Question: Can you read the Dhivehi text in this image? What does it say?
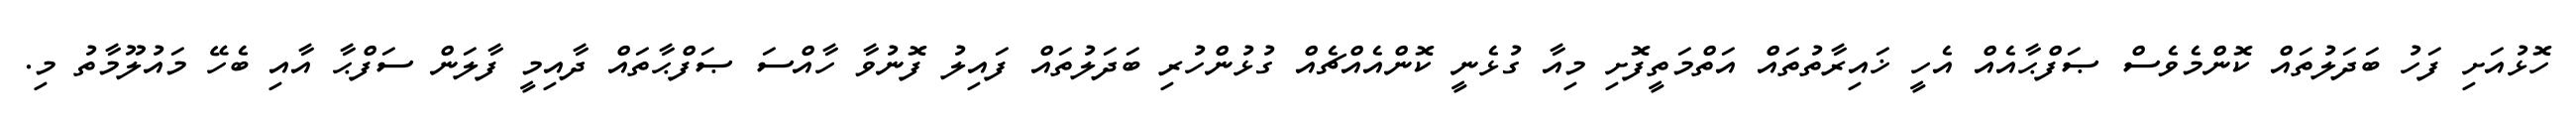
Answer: ހޮޅުއަށި ފަހު ބަދަލުތައް ކޮންމެވެސް ޞަފްޙާއެއް އެހީ ޚައިރާތުތައް އަތްމަތީފޮށި މިއާ ގުޅެނީ ކޮންއެއްޗެއް ގުޅުންހުރި ބަދަލުތައް ފައިލު ފޮނުވާ ހާއްސަ ޞަފްޙާތައް ދާއިމީ ފާލަން ސަފްޙާ އާއި ބެހޭ މައުލޫމާތު މި.